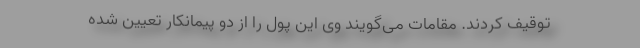
توقیف کردند. مقامات می‌گویند وی این پول را از دو پیمانکار تعیین شده